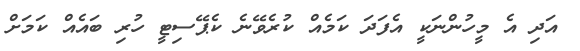
އަދި އެ މީހުންނަކީ އެފަދަ ކަމެއް ކުރެވޭނެ ކެޕޭސިޓީ ހުރި ބައެއް ކަމަށް